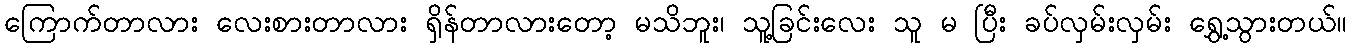
ကြောက်တာလား လေးစားတာလား ရှိန်တာလားတော့ မသိဘူး၊ သူ့ခြင်းလေး သူ မ ပြီး ခပ်လှမ်းလှမ်း ရွှေ့သွားတယ်။